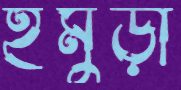
ইমুড়ী